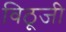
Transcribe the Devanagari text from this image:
विठूजी